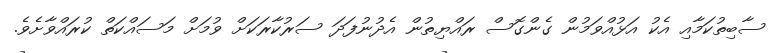
ސާބިތުކަމާއި އެކު އަޅުއްވަމުން ގެންގޮސް ރައްޔިތުން އެދުނުފަދަ ސަރުކާރަކަށް ވުމަށް މަސައްކަތް ކުރައްވާށެވެ.